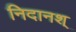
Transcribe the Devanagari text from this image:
निदानश्